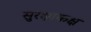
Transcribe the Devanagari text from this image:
सुरक्षाकक्ष